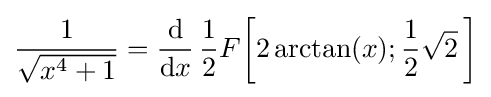
{\frac {1}{\sqrt {x^{4}+1}}}={\frac {\mathrm {d} }{\mathrm {d} x}}\,{\frac {1}{2}}F{\biggl [}2\arctan(x);{\frac {1}{2}}{\sqrt {2}}\,{\biggr ]}